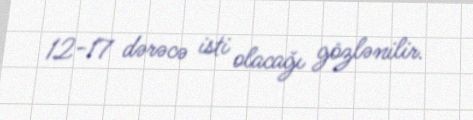
12-17 dərəcə isti olacağı gözlənilir.